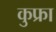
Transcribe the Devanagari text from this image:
कुफ्रा